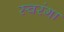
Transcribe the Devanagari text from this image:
स्वरंगा